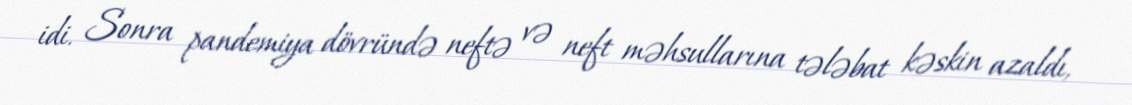
idi. Sonra pandemiya dövründə neftə və neft məhsullarına tələbat kəskin azaldı,